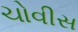
ચોવીસ